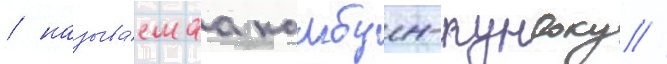
/ называ́емаа камбун-кундоку //